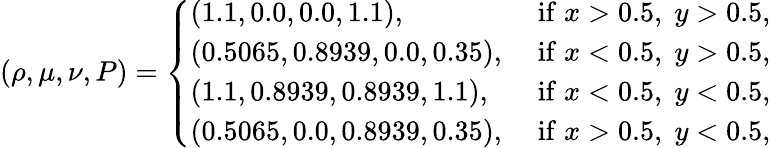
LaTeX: (\rho,\mu,\nu,P)=\left\{ \begin{array}{ll}{(1.1,0.0,0.0,1.1),\; }&{\mathrm{if}\; x>0.5,\; y>0.5,}\\ {(0.5065,0.8939,0.0,0.35),\; }&{\mathrm{if}\; x<0.5,\; y>0.5,}\\ {(1.1,0.8939,0.8939,1.1),\; }&{\mathrm{if}\; x<0.5,\; y<0.5,}\\ {(0.5065,0.0,0.8939,0.35),\; }&{\mathrm{if}\; x>0.5,\; y<0.5,}\end{array}\right.